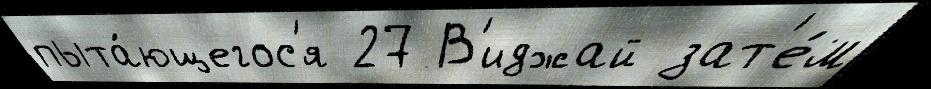
пыта́ющегос'я 27 В'иджай зат'е́м